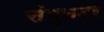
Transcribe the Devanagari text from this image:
संमुनदर